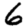
Digit: 6